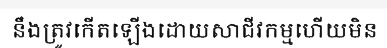
នឹងត្រូវកើតឡើងដោយសាជីវកម្មហើយមិន